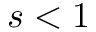
s < 1